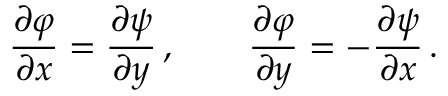
{ \frac { \partial \varphi } { \partial x } } = { \frac { \partial \psi } { \partial y } } \, , \qquad { \frac { \partial \varphi } { \partial y } } = - { \frac { \partial \psi } { \partial x } } \, .